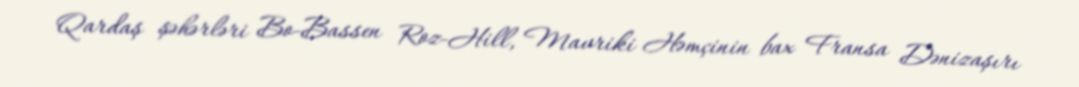
Qardaş şəhərləri Bo-Bassen Roz-Hill, Mavriki Həmçinin bax Fransa Dənizaşırı